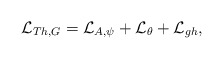
\begin{align*}{\cal L}_{Th,G}={\cal L}_{A,\psi}+{\cal L}_{\theta}+{\cal L}_{gh},\end{align*}